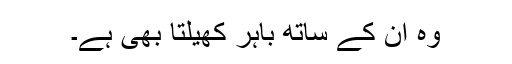
وہ ان کے ساتھ باہر کھیلتا بھی ہے۔